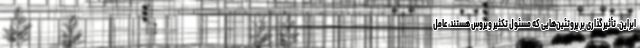
ابراین، تأثیرگذاری بر پروتئین‌هایی که مسئول تکثیر ویروس هستند، عامل